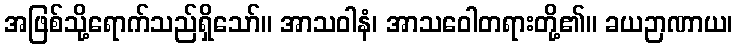
အဖြစ်သို့ရောက်သည်ရှိသော်။ အာသဝါနံ၊ အာသဝေါတရားတို့၏။ ခယဉာဏာယ၊